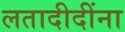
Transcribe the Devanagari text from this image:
लतादीदींना